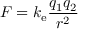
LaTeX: F = k _ { \mathrm { e } } { \frac { q _ { 1 } q _ { 2 } } { r ^ { 2 } } }